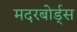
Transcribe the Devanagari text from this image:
मदरबोर्ड्स